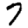
Digit: 7